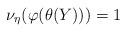
LaTeX: \begin{align*}\nu_\eta(\varphi(\theta(Y)))=1\end{align*}